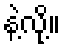
နဲ့လို့။